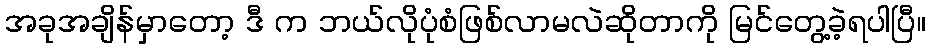
အခုအချိန်မှာတော့ ဒီ က ဘယ်လိုပုံစံဖြစ်လာမလဲဆိုတာကို မြင်တွေ့ခဲ့ရပါပြီ။